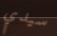
سيدي